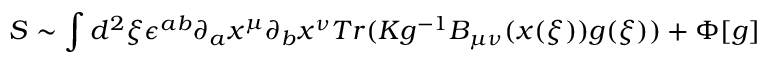
S \sim \int d ^ { 2 } \xi \epsilon ^ { a b } \partial _ { a } x ^ { \mu } \partial _ { b } x ^ { \nu } T r ( K g ^ { - 1 } B _ { \mu \nu } ( x ( \xi ) ) g ( \xi ) ) + \Phi [ g ]